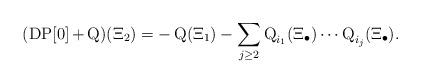
LaTeX: \begin{align*}(\operatorname{DP[0]}+\operatorname{Q})(\Xi_2)=-\operatorname{Q}(\Xi_1)-\sum\limits_{j\geq 2}\operatorname{Q}_{i_{1}}(\Xi_{\bullet})\cdots\operatorname{Q}_{i_{j}}(\Xi_{\bullet}).\end{align*}